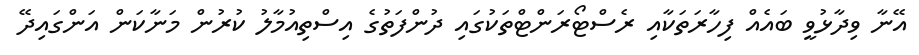
އޭނާ ވިދާޅުވީ ބައެއް ފިހާރަތަކާއި ރެސްޓޯރަންޓްތަކުގައި ދުންފަތުގެ އިސްތިއުމާލު ކުރުން މަނާކަން އަންގައިދޭ